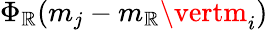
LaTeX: \Phi_{\mathbb{R}}(m_{j}-m_{\mathbb{R}}\vertm_{i})